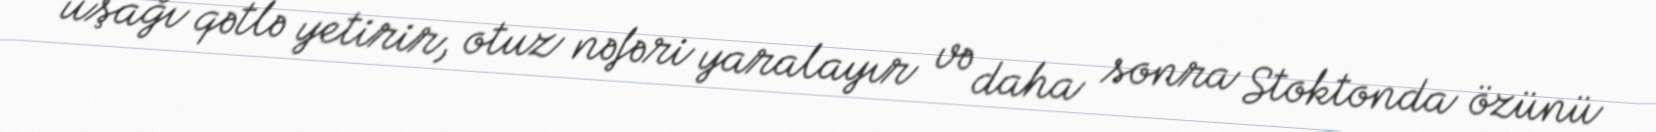
uşağı qətlə yetirir, otuz nəfəri yaralayır və daha sonra Stoktonda özünü